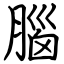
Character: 腦